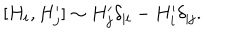
[ H _ { i } , H _ { j } ^ { \prime } ] \sim H _ { j } ^ { \prime } \delta _ { | i } - H _ { i } ^ { \prime } \delta _ { | j } .